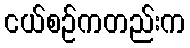
ငယ်စဉ်ကတည်းက